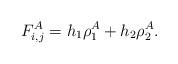
LaTeX: \begin{align*}F_{i,j}^A = h_1 \rho^A_1 + h_2 \rho^A_2.\end{align*}